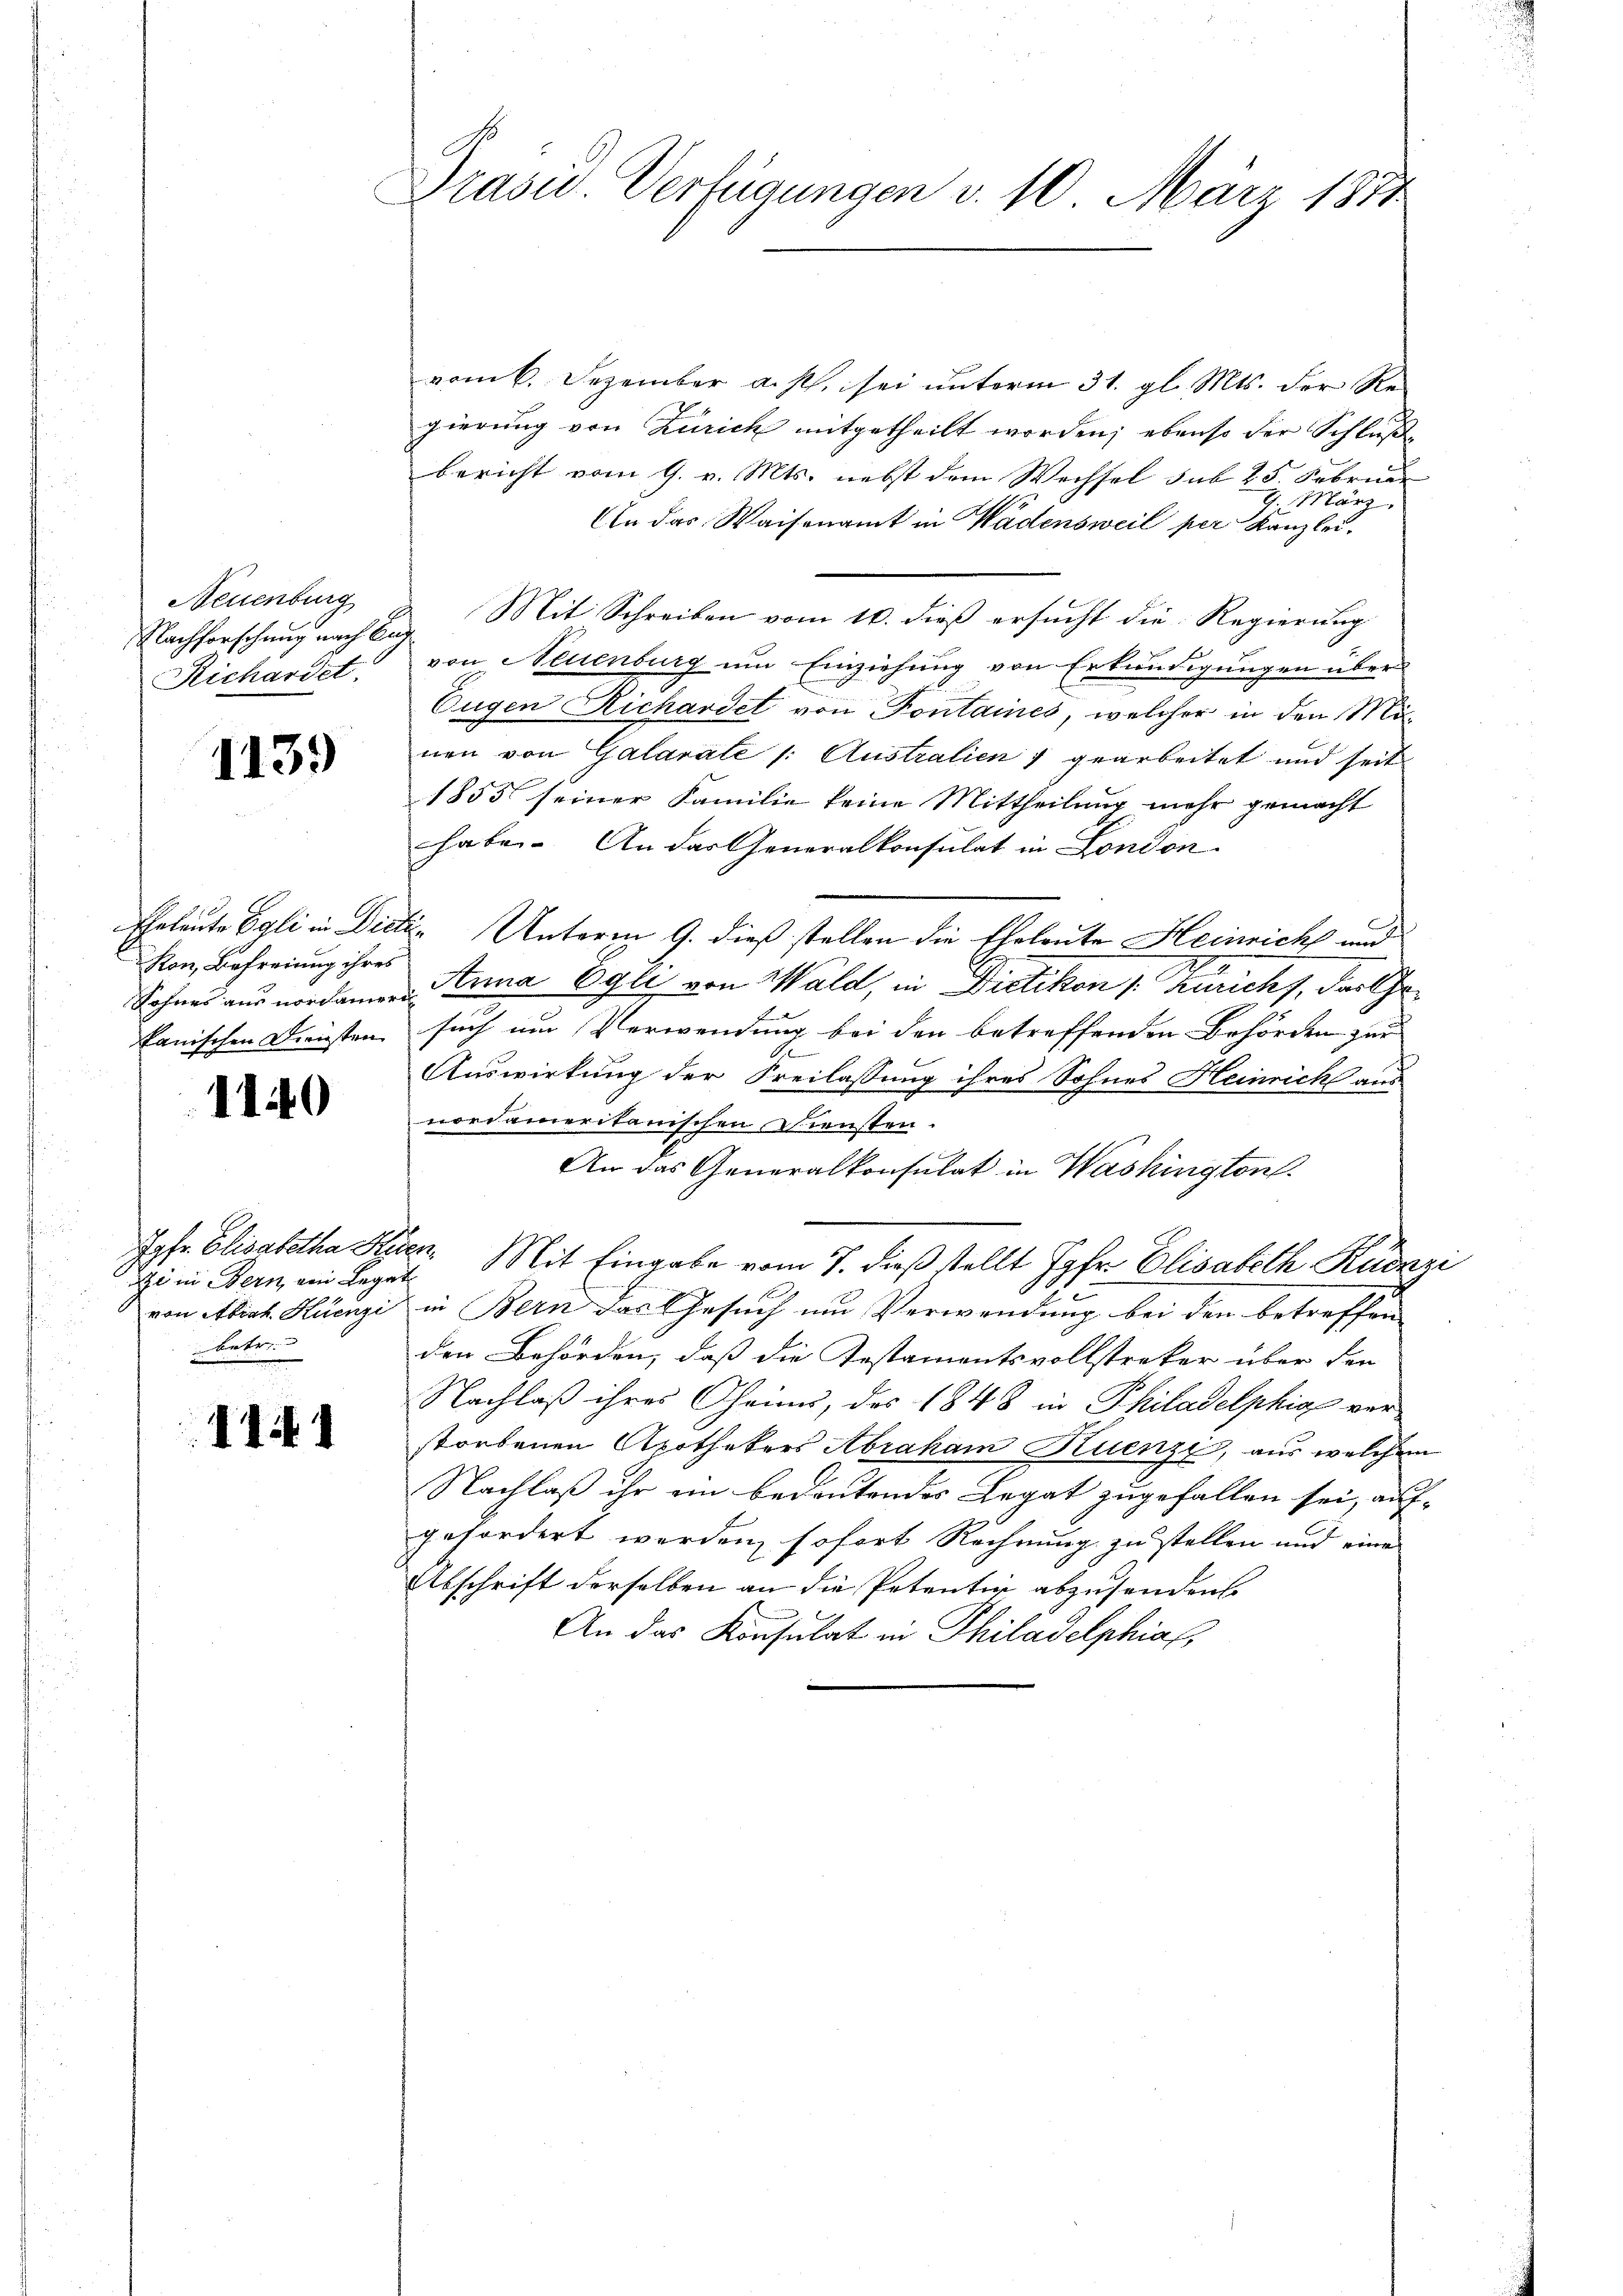
Neuenburg
Richardet.

1139

Kon, Befreiung ihres
Rohnes aus nordamere
kanischen Diensten

1140

Eigi in Bern, von Legat
betre

111

Präsid. Verfügungen v. 10. März 1871.

vom 6. Dezember a. p. sei unterm 31. gl. Mts. der Regierung von Zürich mitgetheilt worden; ebenso der Schluße
bericht vom 9. v. Mts. nebst dem Wechsel sub 25. Februar
9. März.
An das Waisenamt in Wadensweil per Kanzlei.
Nachforschŭng nach Bay. Mit Schreiben vom 10. dieß ersŭcht die Regierŭng
von Neuenburg um Einziehung von Erkundigungen über
Eugen Richardet von Pontaines, welcher in den Minen von Galarate /: Australien & gearbeitet und seit
1855 seiner Familie keine Mittheilung mehr gemacht
habe. An das Generalkonsulat in London
Eheleute Egli in Dicti-Unterm 9. dieß stellen die Eheleute Heinrich und
Anna Egli von Wald, in Dietikon (: Züricht, das Ge¬
2
-
such um Verwendung bei den betreffenden Behörden zur
.
Auswirkung der Freilassung ihres Sohnes Heinrich aus
nordameritanischen Diensten.
An das Generalkonsulat in Washington
Jos. Elisabetha Kein Mit Eingabe vom 7. dieß stellt Jahr. Elisabeth Kudari
von Alich. Künzi in Bern das Gesuch um Verwendung bei den betreffen
den Behörden, daß die Testamentsvollstreker über den
Nachlaß ihres Oheim, das 1848 in Philadelphiae verstorbenen Apothekers Abraham Kuenzy, aus welchem
Nachlaß ihr ein bedeutendes Legat zugefallen sei, auf-
gefordert werden, sofort Rechnung zu stellen und eine
Abschrift derselben an die Petentir abzusenden.
n
An das Konsulat in Philadelphial,